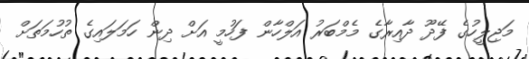
މަޖިލީހުގެ ފޭދޫ ދާއިރާގެ މެމްބަރު އަލްހާން ފަހުމީ އަށް ދިން ހަމަލައިގެ ތުހުމަތަށް